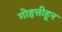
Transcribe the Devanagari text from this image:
गोहत्तीहून